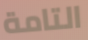
التامة